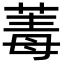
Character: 䓯